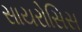
સાયરોસિસ